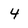
Character: 4